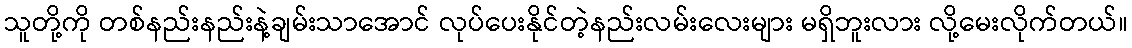
သူတို့ကို တစ်နည်းနည်းနဲ့ချမ်းသာအောင် လုပ်ပေးနိုင်တဲ့နည်းလမ်းလေးများ မရှိဘူးလား လို့မေးလိုက်တယ်။